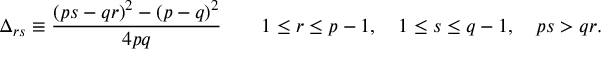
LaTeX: \Delta _ { r s } \equiv \frac { ( p s - q r ) ^ { 2 } - ( p - q ) ^ { 2 } } { 4 p q } \qquad 1 \leq r \leq p - 1 , \quad 1 \leq s \leq q - 1 , \quad p s > q r .